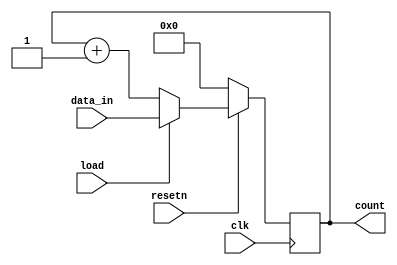
module binary_upcounter(
input [3:0]data_in,
input load,clk,resetn,
output reg [3:0]count);

always@(posedge clk)
begin
if(~resetn)
count <= 4'd0;
else if (load)
count <= data_in;
else
count <= count+1'b1;
end

endmodule